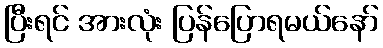
ပြီးရင် အားလုံး ပြန်ပြောရမယ်နော်